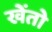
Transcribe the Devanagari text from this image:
खेंतो